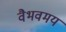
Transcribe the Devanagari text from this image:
वैभवमय